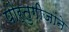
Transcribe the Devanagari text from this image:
पोर्तुगीजांने